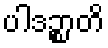
ပါဒဉ္စာတိ